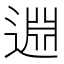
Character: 𨓯